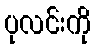
ပုလင်းကို